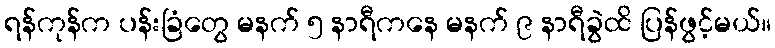
ရန်ကုန်က ပန်းခြံတွေ မနက် ၅ နာရီကနေ မနက် ၉ နာရီခွဲထိ ပြန်ဖွင့်မယ်။